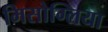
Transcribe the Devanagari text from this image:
मिसोग्लिया